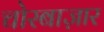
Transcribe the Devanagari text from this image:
चोरबाज़ार